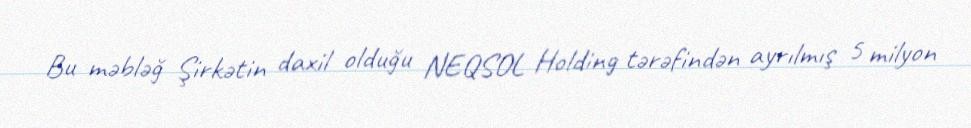
Bu məbləğ Şirkətin daxil olduğu NEQSOL Holding tərəfindən ayrılmış 5 milyon